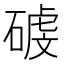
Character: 𥔮